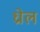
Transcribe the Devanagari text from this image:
ध्रोल